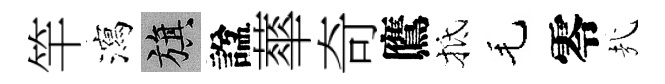
竿瀉旗諡蕐奇鷹抵毛零㢤